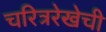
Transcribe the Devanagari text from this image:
चरित्ररेखेची